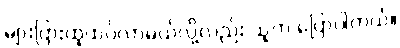
များပြားထူထပ်လာမယ်လို့လည်း သူက ပြောပါတယ်။